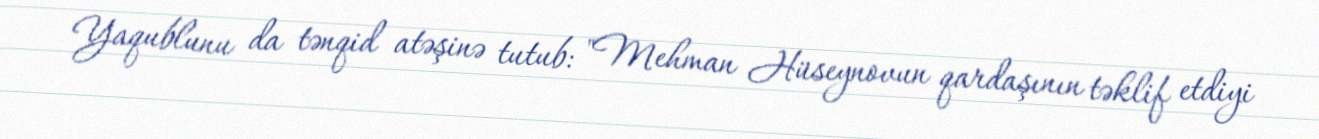
Yaqublunu da tənqid atəşinə tutub: "Mehman Hüseynovun qardaşının təklif etdiyi